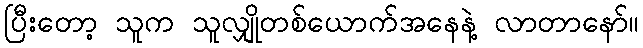
ပြီးတော့ သူက သူလျှိုတစ်ယောက်အနေနဲ့ လာတာနော်။